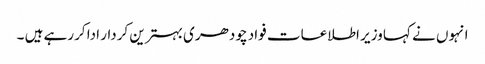
انہوں نے کہا وزیر اطلاعات فواد چودھری بہترین کردار ادا کررہے ہیں ۔